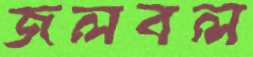
জলবল